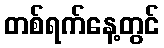
တစ်ရက်နေ့တွင်